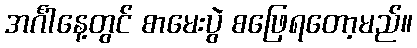
အင်္ဂါနေ့တွင် စာမေးပွဲ စဖြေရတော့မည်။